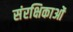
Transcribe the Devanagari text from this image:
संरक्षिकाओं